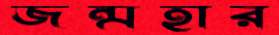
জন্মহার